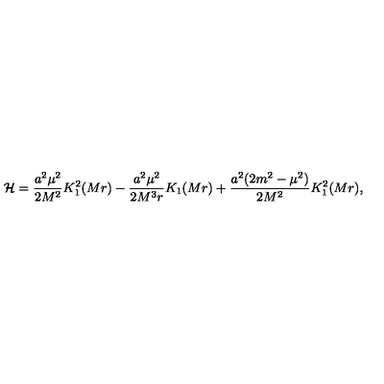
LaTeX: { \cal H } = \frac { a ^ { 2 } \mu ^ { 2 } } { 2 M ^ { 2 } } K _ { 1 } ^ { 2 } ( M r ) - \frac { a ^ { 2 } \mu ^ { 2 } } { 2 M ^ { 3 } r } K _ { 1 } ( M r ) + \frac { a ^ { 2 } ( 2 m ^ { 2 } - \mu ^ { 2 } ) } { 2 M ^ { 2 } } K _ { 1 } ^ { 2 } ( M r ) ,